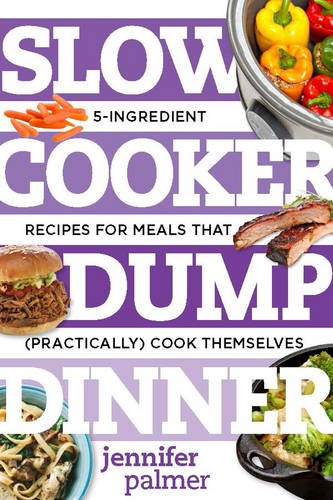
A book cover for Slow Cooker Dump Dinners: 5-Ingredient Recipes for Meals That (Practically) Cook Themselves (Best Ever); Jennifer Palmer; Cookbooks, Food & Wine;